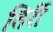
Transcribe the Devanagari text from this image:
तिर्री